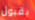
بقبول